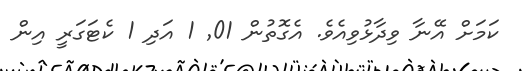
ކަމަށް އޭނާ ވިދާޅުވިއެވެ. އެގޮތުން 01